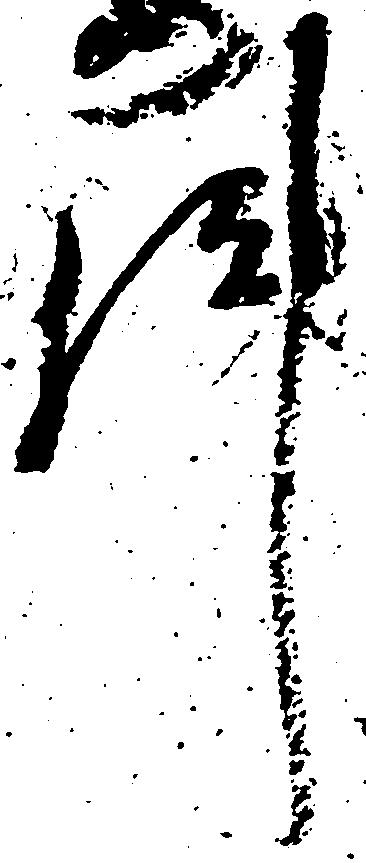
件